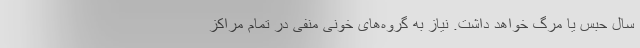
سال حبس یا مرگ خواهد داشت. نیاز به گروه‌های خونی منفی در تمام مراکز